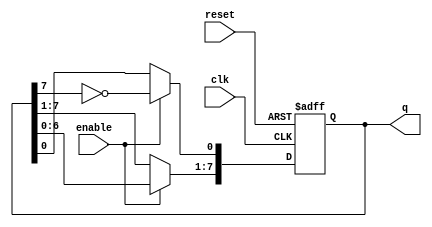
module johnson_counter (
    input wire clk,           // Clock input
    input wire reset,         // Asynchronous reset
    input wire enable,        // Enable signal
    output reg [7:0] q        // 8-bit output representing the current state
);

// Sequential logic for the Johnson counter
always @(posedge clk or posedge reset) begin
    if (reset) begin
        // Asynchronous reset
        q <= 8'b00000000;      // Initialize to all zeros
    end else if (enable) begin
        // Johnson counter logic
        q[0] <= ~q[7];         // Invert the last flip-flop output and feed to the first
        q[7:1] <= q[6:0];      // Shift the state of the other flip-flops
    end
end

endmodule